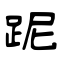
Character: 跜